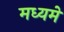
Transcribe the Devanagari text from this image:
मध्‍यमें